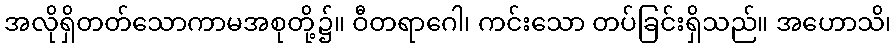
အလိုရှိတတ်သောကာမအစုတို့၌။ ဝီတရာဂေါ၊ ကင်းသော တပ်ခြင်းရှိသည်။ အဟောသိ၊